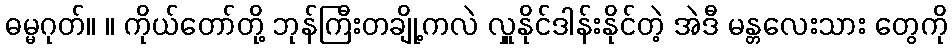
ဓမ္မဂုတ်။ ။ ကိုယ်တော်တို့ ဘုန်ကြီးတချို့ကလဲ လှူနိုင်ဒါန်းနိုင်တဲ့ အဲဒီ မန္တလေးသား တွေကို